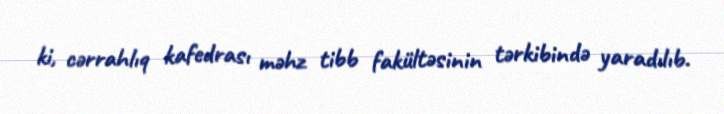
ki, cərrahlıq kafedrası məhz tibb fakültəsinin tərkibində yaradılıb.